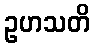
ဥဟသတိ